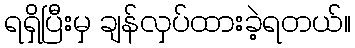
ရရှိပြီးမှ ချန်လှပ်ထားခဲ့ရတယ်။